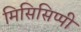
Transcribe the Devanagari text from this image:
मिसिसिप्‍पी